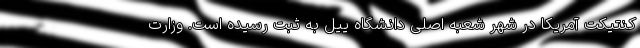
کنتیکت آمریکا در شهر شعبه اصلی دانشگاه ییل به ثبت رسیده است. وزارت